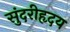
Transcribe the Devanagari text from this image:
सुंदरीहृदय